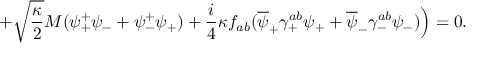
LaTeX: + \sqrt { \frac { \kappa } { 2 } } M ( \psi _ { + } ^ { + } \psi _ { - } + \psi _ { - } ^ { + } \psi _ { + } ) + \frac { i } { 4 } \kappa f _ { a b } ( \overline { { { \psi } } } _ { + } \gamma _ { + } ^ { a b } \psi _ { + } + \overline { { { \psi } } } _ { - } \gamma _ { - } ^ { a b } \psi _ { - } ) \Big ) = 0 .